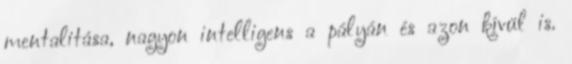
mentalitása, nagyon intelligens a pályán és azon kívül is.